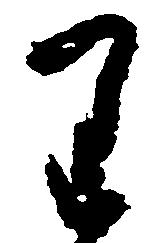
り